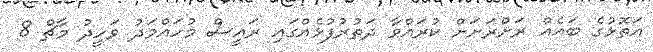
އަތޮޅުގެ ބައެއް ރަށްރަށަށް ކުރައްވާ ދަތުރުފުޅެއްގައި ރައީސް މުހައްމަދު ވަހީދު މާޗް 8